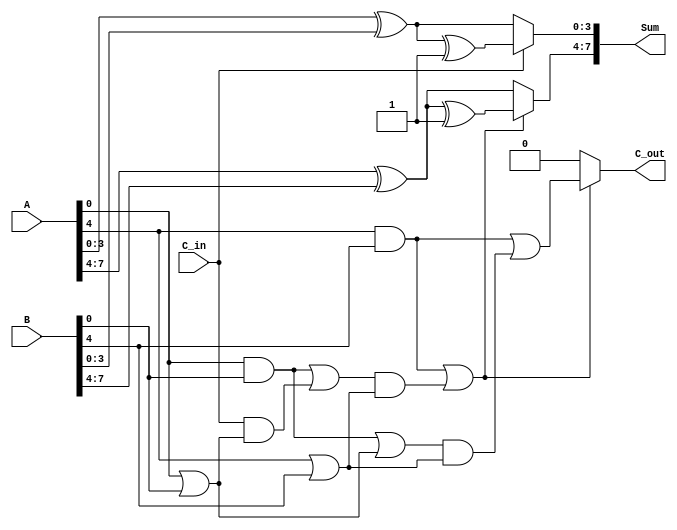
module StaticCarrySelectAdder (
    input [7:0] A,       // First 8-bit input
    input [7:0] B,       // Second 8-bit input
    input C_in,          // Carry-in for the least significant segment
    output [7:0] Sum,    // 8-bit sum output
    output C_out         // Carry-out for the most significant segment
);

    // Intermediate signals for partial sums and carries
    wire [3:0] S0_case0, S0_case1, S1_case0, S1_case1;
    wire C0_case0, C0_case1, C1_case0, C1_case1;

    // Segment 0 (Least Significant Segment)
    assign S0_case0 = A[3:0] ^ B[3:0]; // Sum assuming C_in = 0
    assign S0_case1 = A[3:0] ^ B[3:0] ^ 4'b0001; // Sum assuming C_in = 1
    assign C0_case0 = (A[3:0] & B[3:0]) | (C_in & (A[3:0] | B[3:0])); // Carry-out assuming C_in = 0
    assign C0_case1 = (A[3:0] & B[3:0]) | (4'b0001 & (A[3:0] | B[3:0])); // Carry-out assuming C_in = 1

    // Segment 1 (Most Significant Segment)
    assign S1_case0 = A[7:4] ^ B[7:4]; // Sum assuming C_in = 0
    assign S1_case1 = A[7:4] ^ B[7:4] ^ 4'b0001; // Sum assuming C_in = 1
    assign C1_case0 = (A[7:4] & B[7:4]) | (C0_case0 & (A[7:4] | B[7:4])); // Carry-out assuming C_in = 0
    assign C1_case1 = (A[7:4] & B[7:4]) | (C0_case1 & (A[7:4] | B[7:4])); // Carry-out assuming C_in = 1

    // MUX for selecting the sum and carry-out
    assign Sum[3:0] = C_in ? S0_case1 : S0_case0; // Select sum for segment 0
    assign Sum[7:4] = C1_case0 ? S1_case1 : S1_case0; // Select sum for segment 1
    assign C_out = C1_case0 ? C1_case1 : C1_case0; // Carry-out for the final output

endmodule